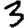
Digit: 3